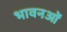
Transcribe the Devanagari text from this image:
भावनओं